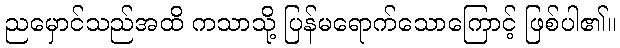
ညမှောင်သည်အထိ ကသာသို့ ပြန်မရောက်သောကြောင့် ဖြစ်ပါ၏။